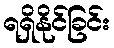
ရရှိနိုင်ခြင်း